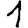
Digit: 1